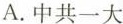
A.中共一大